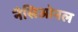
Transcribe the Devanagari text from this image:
नैसिओनल